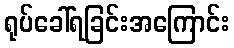
ရုပ်ခေါ်ရခြင်းအကြောင်း